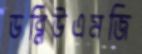
ডব্লিউএমজি